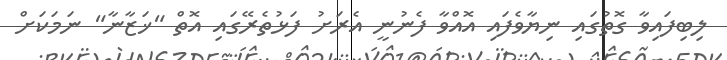
ލިބިފައިވާ ގޮތުގައި ނިޔާވެފައި އޮއްވާ ފެނުނީ އެރަށު ފަޅުތެރޭގައި އޮތް "ޚަޒާނާ" ނަމަކަށް